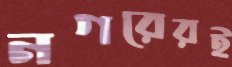
নগরেরই